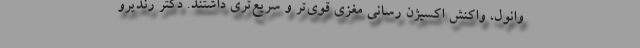
وانول، واکنش اکسیژن رسانی مغزی قوی‌تر و سریع‌تری داشتند. دکتر رندیرو